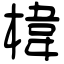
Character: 椲